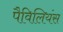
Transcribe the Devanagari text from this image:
पैविलियंस